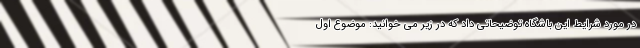
در مورد شرایط این باشگاه توضیحاتی داد که در زیر می خوانید: موضوع اول